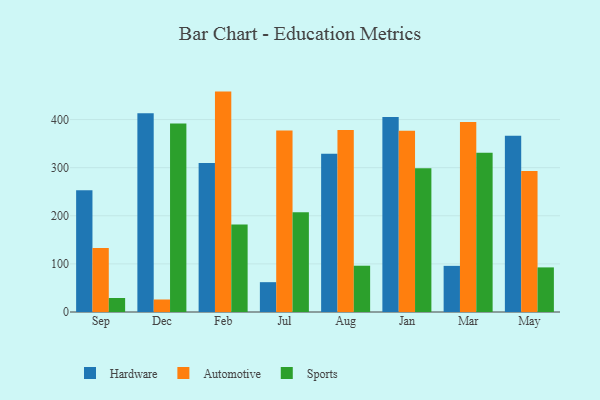
{"axis": {"x": "Month", "y": "Operating Costs (USD K)"}, "legend": ["Automotive", "Hardware", "Sports"], "data": [{"x": "Sep", "y": 253.1, "type": "Hardware"}, {"x": "Sep", "y": 133.0, "type": "Automotive"}, {"x": "Sep", "y": 29.1, "type": "Sports"}, {"x": "Dec", "y": 413.0, "type": "Hardware"}, {"x": "Dec", "y": 26.0, "type": "Automotive"}, {"x": "Dec", "y": 391.9, "type": "Sports"}, {"x": "Feb", "y": 309.5, "type": "Hardware"}, {"x": "Feb", "y": 458.1, "type": "Automotive"}, {"x": "Feb", "y": 181.9, "type": "Sports"}, {"x": "Jul", "y": 62.0, "type": "Hardware"}, {"x": "Jul", "y": 377.1, "type": "Automotive"}, {"x": "Jul", "y": 207.5, "type": "Sports"}, {"x": "Aug", "y": 329.1, "type": "Hardware"}, {"x": "Aug", "y": 378.3, "type": "Automotive"}, {"x": "Aug", "y": 96.2, "type": "Sports"}, {"x": "Jan", "y": 405.1, "type": "Hardware"}, {"x": "Jan", "y": 376.5, "type": "Automotive"}, {"x": "Jan", "y": 298.6, "type": "Sports"}, {"x": "Mar", "y": 95.9, "type": "Hardware"}, {"x": "Mar", "y": 394.7, "type": "Automotive"}, {"x": "Mar", "y": 331.1, "type": "Sports"}, {"x": "May", "y": 366.3, "type": "Hardware"}, {"x": "May", "y": 293.0, "type": "Automotive"}, {"x": "May", "y": 92.7, "type": "Sports"}]}